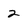
Character: 2